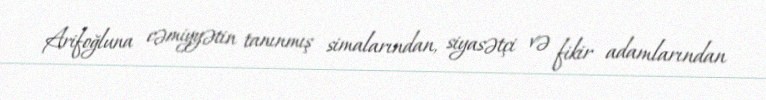
Arifoğluna cəmiyyətin tanınmış simalarından, siyasətçi və fikir adamlarından